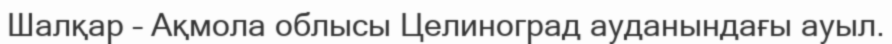
Шалқар – Ақмола облысы Целиноград ауданындағы ауыл.